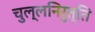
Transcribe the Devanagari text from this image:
चुल्लनिरुत्ति